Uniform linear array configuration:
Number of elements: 12
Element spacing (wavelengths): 1
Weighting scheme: binomial
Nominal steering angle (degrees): -60
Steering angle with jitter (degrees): -60.427
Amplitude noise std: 0.05
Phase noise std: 0.05

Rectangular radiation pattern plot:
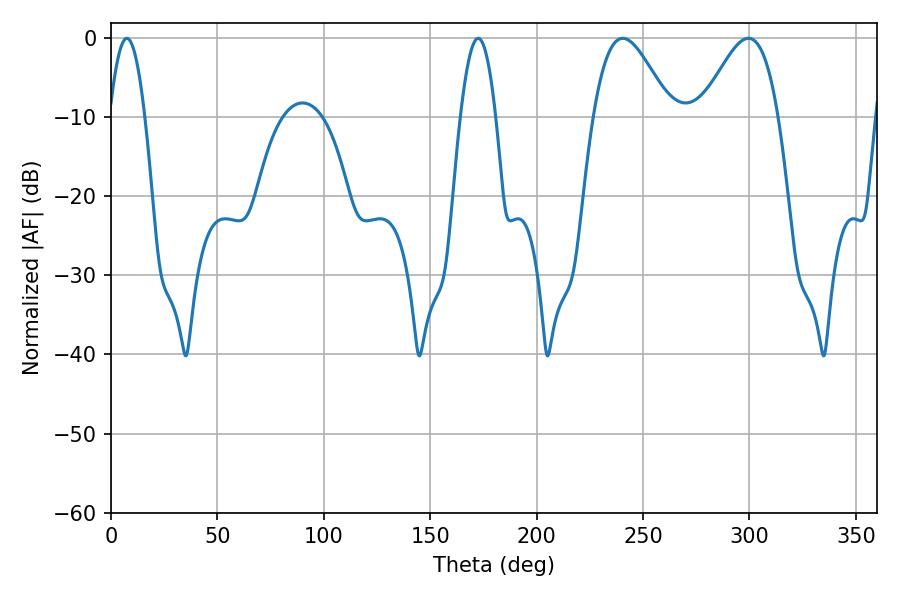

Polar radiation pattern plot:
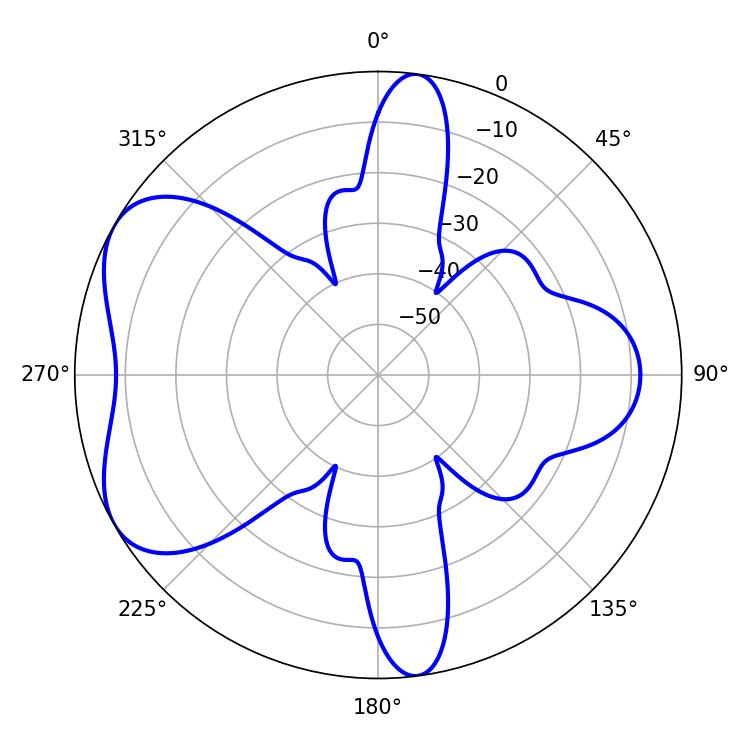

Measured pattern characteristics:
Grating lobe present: TRUE
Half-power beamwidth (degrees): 19.26
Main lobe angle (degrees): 240.48